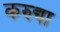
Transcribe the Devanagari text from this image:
करुद्या